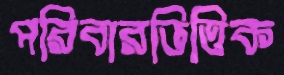
পরিবারভিত্তিক